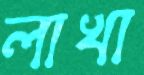
লাখা